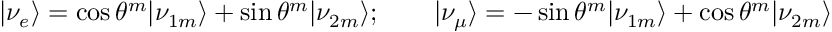
| \nu _ { e } \rangle = \cos \theta ^ { m } | \nu _ { 1 m } \rangle + \sin \theta ^ { m } | \nu _ { 2 m } \rangle ; \qquad | \nu _ { \mu } \rangle = - \sin \theta ^ { m } | \nu _ { 1 m } \rangle + \cos \theta ^ { m } | \nu _ { 2 m } \rangle